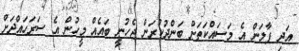
އަދި ފާލަން އެ މަސައްކަތަށް ބަންދުކުރަން ޖެހުނީ ބައެއް މީހުން އެ ސަރަހައްދަށް